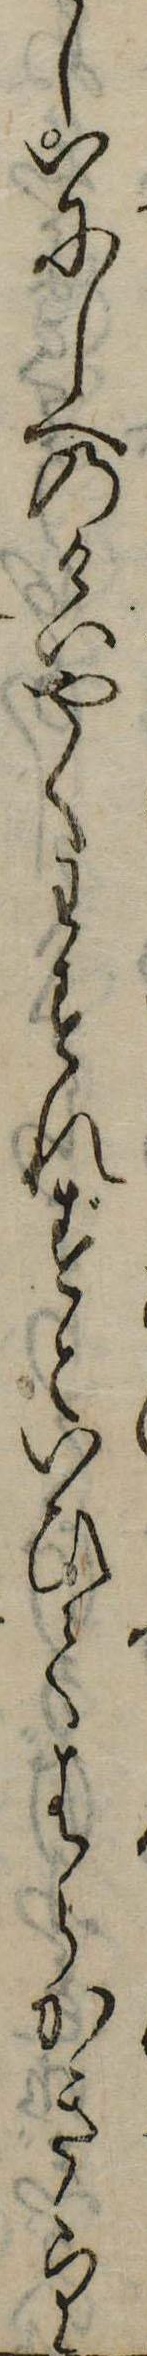
しいにしへのけいやくわすれずといひてはらかきゝり